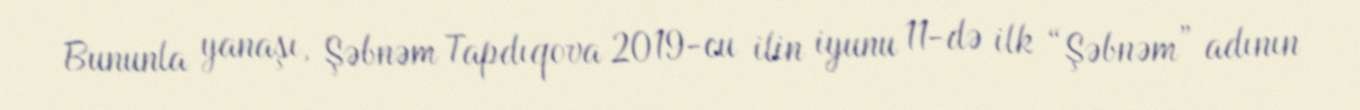
Bununla yanaşı, Şəbnəm Tapdıqova 2019-cu ilin iyunu 11-də ilk “Şəbnəm” adının